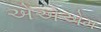
એએએમ